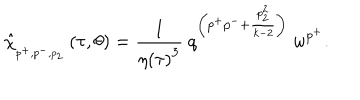
\hat { \chi } _ { _ { p ^ { + } , p ^ { - } , p _ { 2 } } } \left( \tau , \theta \right) = \frac { 1 } { \eta \left( \tau \right) ^ { 3 } } \ q ^ { \left( p ^ { + } p ^ { - } + \frac { p _ { 2 } ^ { 2 } } { k - 2 } \right) } \ w ^ { p ^ { + } } .